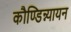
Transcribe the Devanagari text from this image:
कौण्डिन्न्यायन